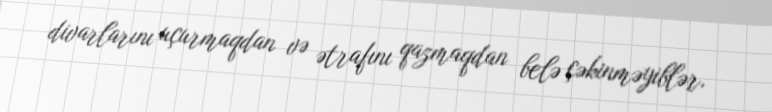
divarlarını uçurmaqdan və ətrafını qazmaqdan belə çəkinməyiblər.